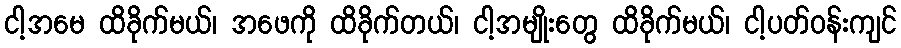
ငါ့အမေ ထိခိုက်မယ်၊ အဖေကို ထိခိုက်တယ်၊ ငါ့အမျိုးတွေ ထိခိုက်မယ်၊ ငါ့ပတ်ဝန်းကျင်